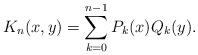
LaTeX: \begin{align*} K_n(x,y) = \sum_{k=0}^{n-1} P_k(x) Q_k(y).\end{align*}